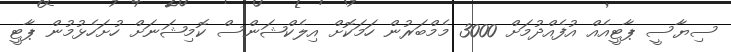
ސިޔާސީ ޕާޓީއެއް އުފެއްދުމަށް 3000 މެމްބަރުން ހަމަކޮށް އިލެކްޝަންސް ކޮމިޝަނަށް ހުށަހެޅުމުން ޕާޓީ